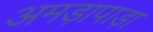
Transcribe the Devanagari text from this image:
अमड़ापाड़ा